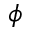
\phi